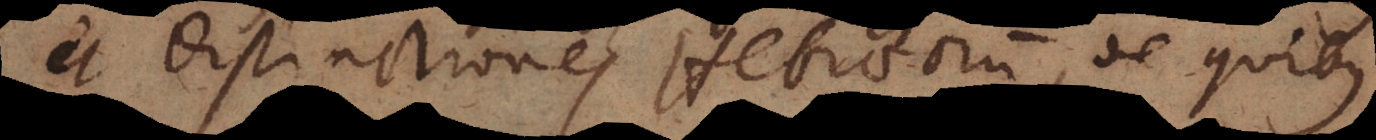
et distinctiones Hebraeorum, de quibus